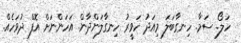
ހަލޯ. ސަމާ. ހިނގާބަލަ މިއަދު ހަވީރު ހިނގާލަންދާން. އަހަންނަށް އޮފް ދުވަހެއް.